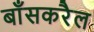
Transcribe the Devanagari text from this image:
बाँसकरैल